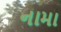
નામા